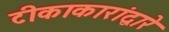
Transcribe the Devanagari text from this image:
टीकाकारांद्वारे